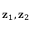
\mathbf { z } _ { 1 } , \mathbf { z } _ { 2 }